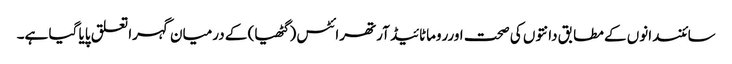
سائنسدانوں کے مطابق دانتوں کی صحت اورروماٹائیڈ آرتھرائٹس ( گٹھیا) کے درمیان گہرا تعلق پایا گیا ہے۔